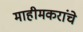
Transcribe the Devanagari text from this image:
माहीमकरांचे